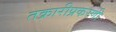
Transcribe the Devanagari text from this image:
तक्रारीप्रकरणी